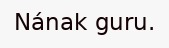
Nának guru.